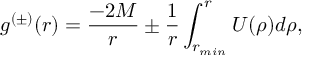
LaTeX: g ^ { ( \pm ) } ( r ) = { \frac { - 2 M } { r } } \pm { \frac { 1 } { r } } \int _ { r _ { m i n } } ^ { r } U ( \rho ) d \rho ,